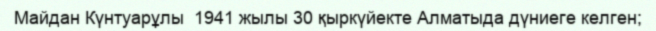
Майдан Күнтуарұлы  1941 жылы 30 қыркүйекте Алматыда дүниеге келген;